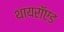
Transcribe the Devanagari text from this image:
थायरॉएड